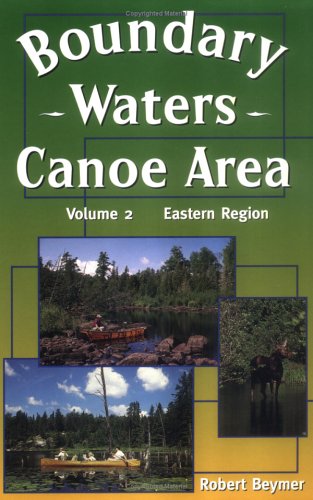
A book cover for Boundary Waters Canoe Area: The Eastern Region; Robert Beymer; Travel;